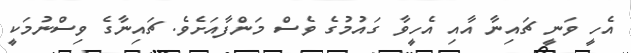
އެހީ ވަނީ ޗައިނާ އާއި އެހީވާ ގައުމުގެ ވެސް މަންފާއަށެވެ. ޗައިނާގެ ވިސްނުމަކީ